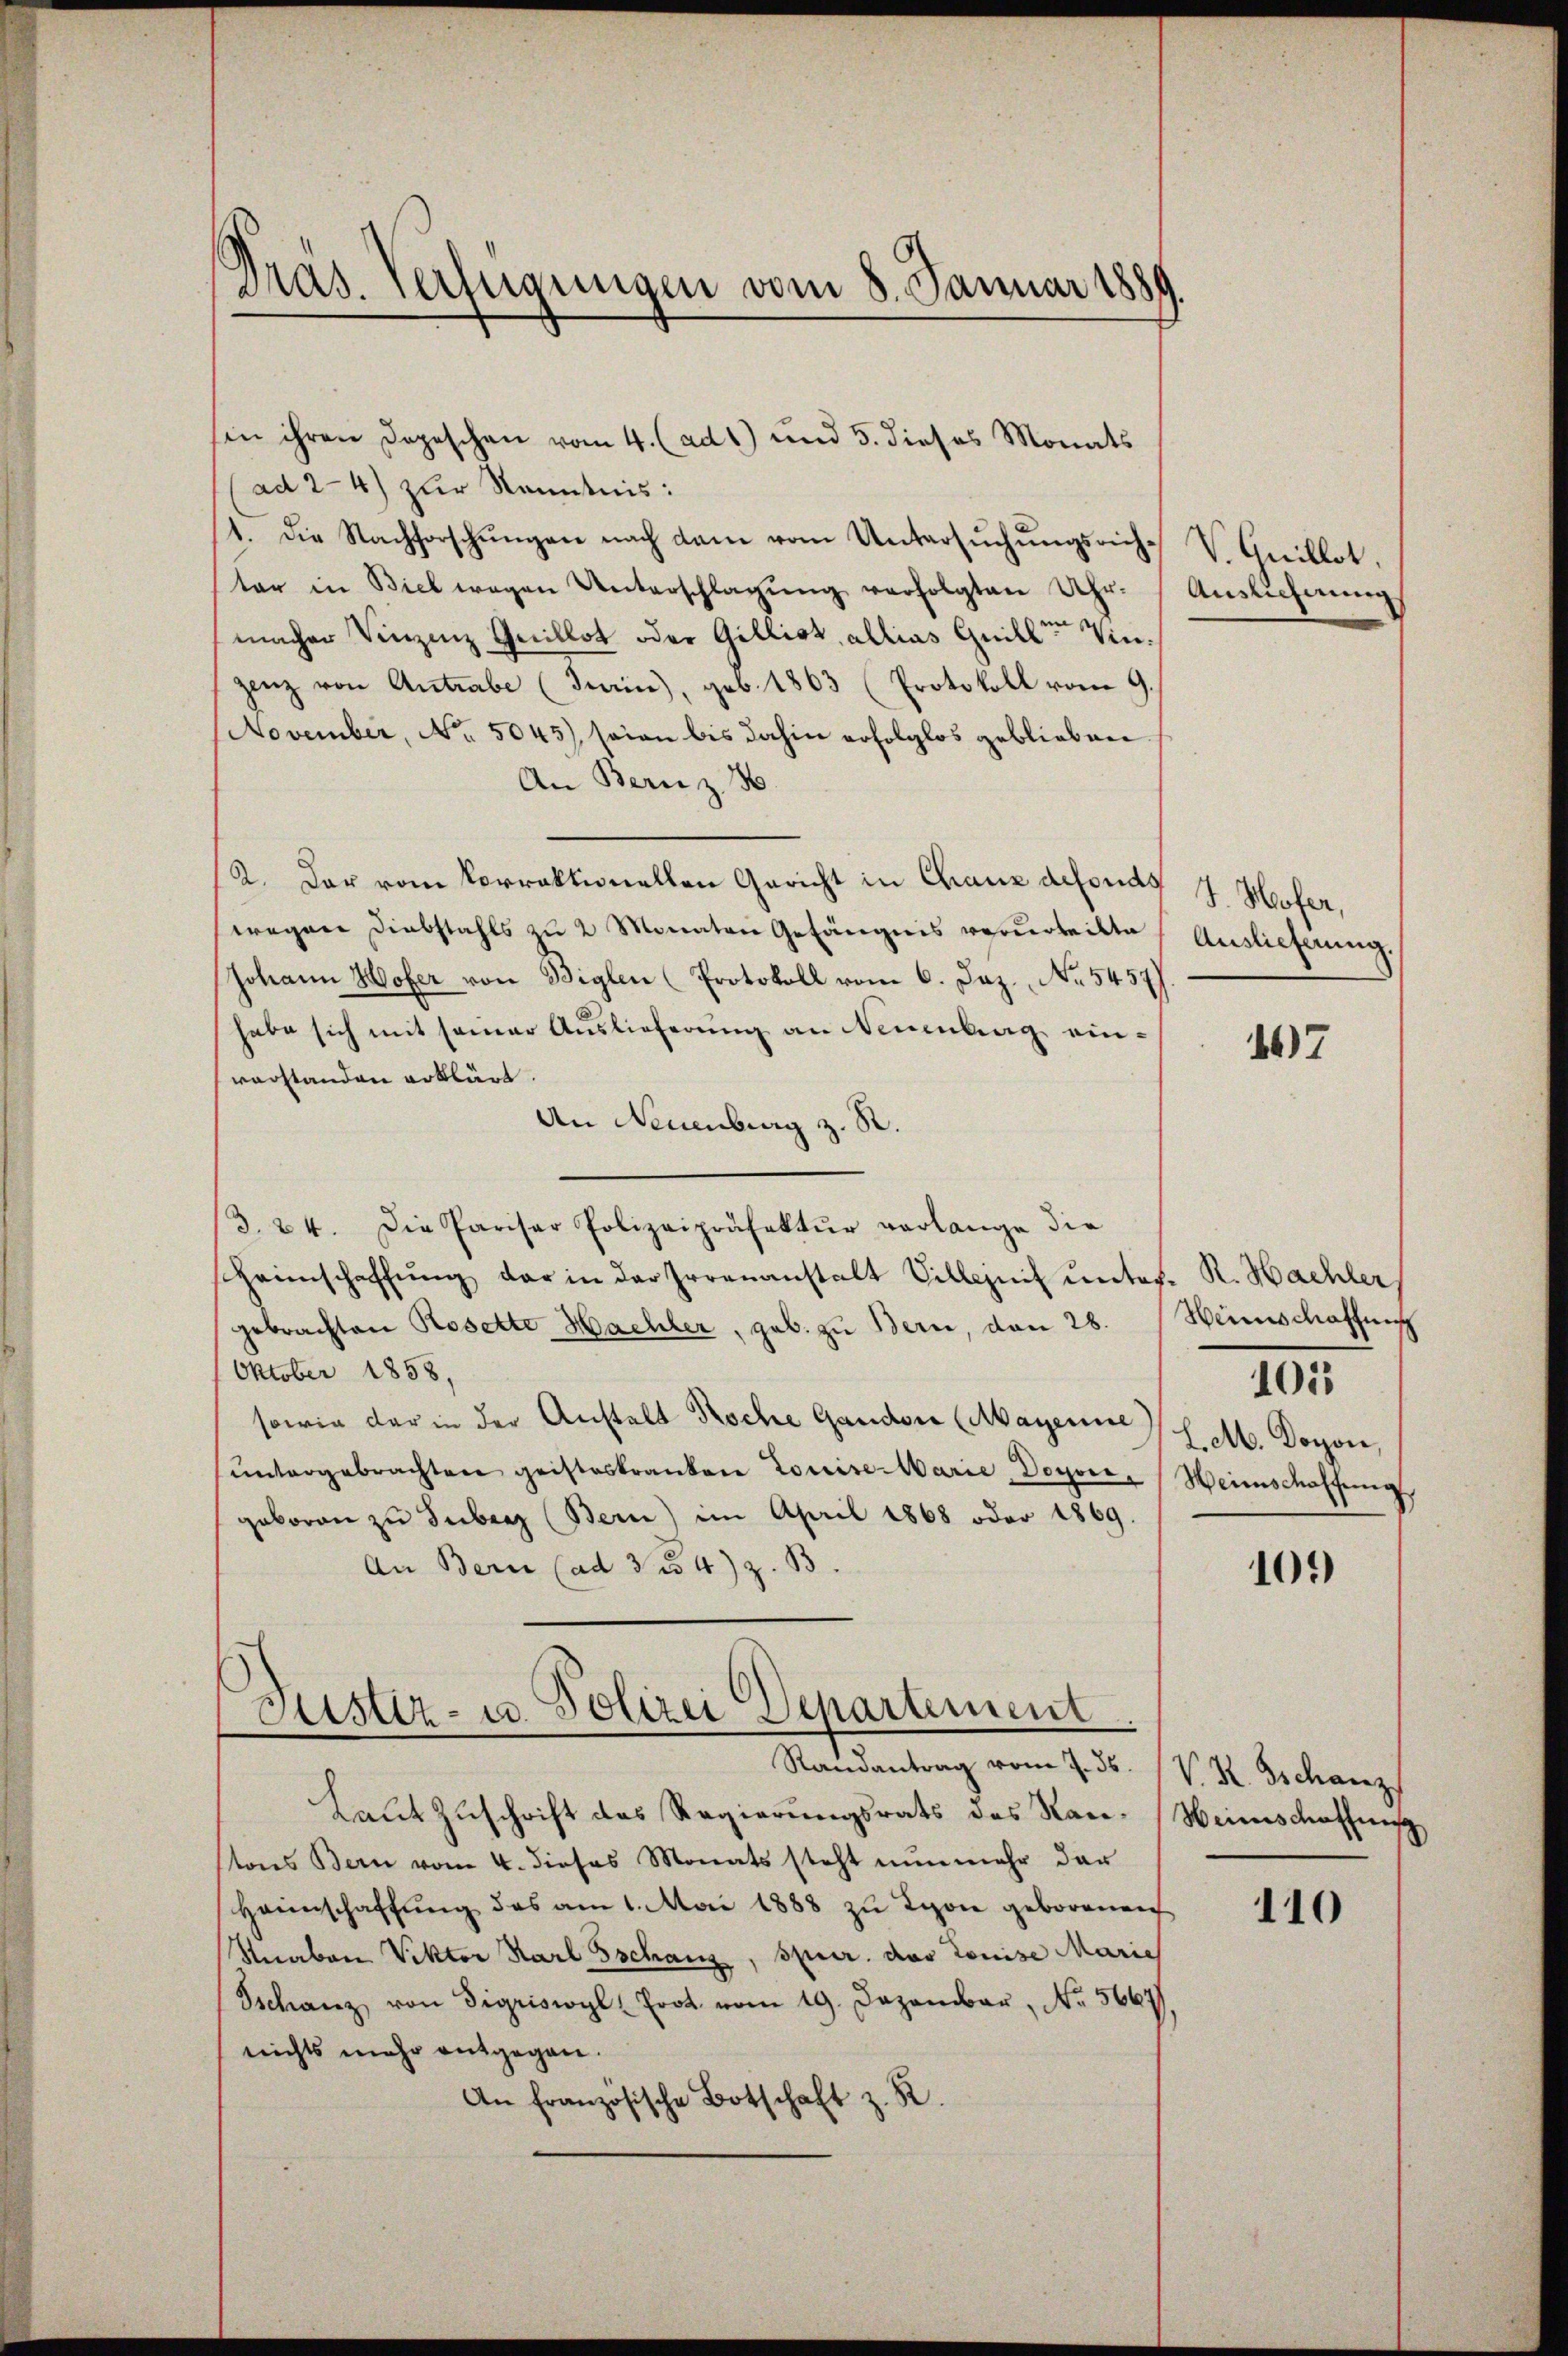
Dras. Verfügungen vom 8. Januar 1889.

sin ihren Depeschen vom 4. (ad 1) und 5. dieses Monats
ad 2-4) zur Kenntnis:
1. Die Nachforschŭngen nach dam vom Untersŭchŭngsrich. V. Quillot,
ter in Biel wegen Unterschlagŭng verfolgten Uhr.
macher Vinzenz Guillot oder Gillist, allias Quillen Vinzenz von Antrabe (Turin), geb. 1863 (Protokoll vom 9.
November, No. 5045), seien bis dahin erfolglos geblieben
An Bern z. B.
2. Der vom Vorraktionellen Gericht in Chaux defonds
wegen Diebstahls zu 2 Monaten Gefängnis verurteilte
Johann Wofer von Biglen (Protokoll vom 6. Jaz. No. 5457)
habe sich mit seiner Auslieferung an Neuenburg einvorstanden erklärt.
An Neuenburg z. R.
3. 24. Die Pariser Polizeipräfektŭr verlange die
scheinschaffŭng der in der Irrenanstalt Villezeit unter. R. Hachler
gebrachten Rosette Hachler, geb. zu Bern, den 28.
Oktober 1858,
sowie der in der Anstalt Koche Gandere (Mayerne)
ŭntergebrachten geisteskranken Louise Marie Doyon-Weinschaffung
geboren zu Tuberg (Bern) im April 1868 oder 1869.
An Bern (ad 3 4) z. B.

Fustiz- u. Polizei Departement.
Randantrag vom 7. 36. / V. K. Tschanz

Laut Zuschrift des Regierungsrats des Ran-Weinschaffniß
stons Bern vom 4. dieses Monats steht nunmehr dar
Haunschaffŭng des am 1. Mai 1888 zu Lyon geborenen
Stnaben Viktor Karl Gschanz, spur. der Louise Marie
Tschanz von Sigriswyl Prot. vom 19. Dezember, No. 5667
nichts mehr entgegen.
An französische Botschaft z. R.

Auslieferung

S. Hofer,
Auslieferung.

467

Weinschaftung
101
l. M. Doron,

109

110